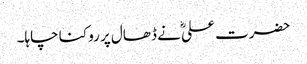
حضرت علیؓ نے ڈھال پر روکنا چاہا۔